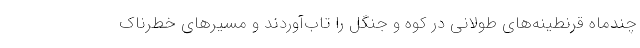
چندماه قرنطینه‌های طولانی در کوه و جنگل را تاب‌آوردند و مسیرهای خطرناک